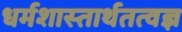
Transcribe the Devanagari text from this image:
धर्मशास्तार्थतत्वज्ञ